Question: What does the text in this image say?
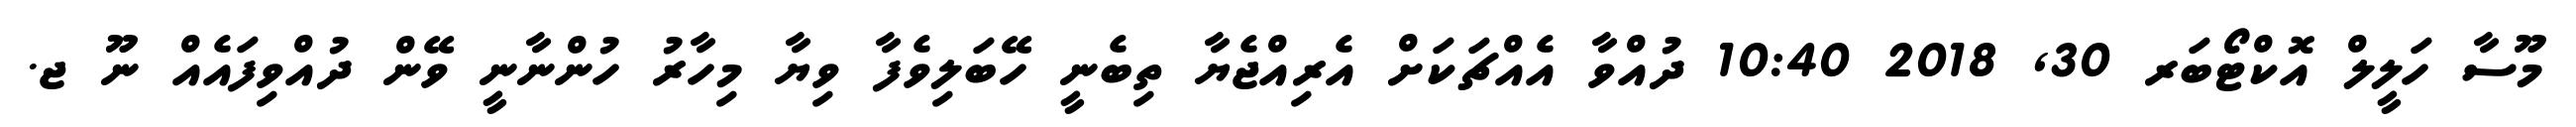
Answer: މޫސާ ހަލީލް އޮކްޓޯބަރ 30, 2018 10:40 ދުއްވާ އެއްޗަކަށް އެރިއްޖެޔާ ތިބެނީ ހޭބަލިވެފާ ވިޔާ މިހާރު ހުންނާނީ ވޭން ދުއްވިފައެއް ނޫ ޖ.